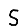
Digit: 5